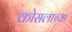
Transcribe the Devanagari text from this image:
कोसलाच्या